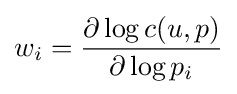
w_{i}={\frac {\partial \log c(u,p)}{\partial \log p_{i}}}